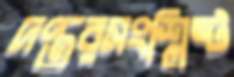
দপ্তরসংশ্লিষ্ট